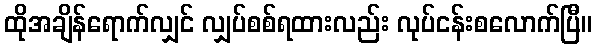
ထိုအချိန်ရောက်လျှင် လျှပ်စစ်ရထားလည်း လုပ်ငန်းစလောက်ပြီ။